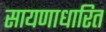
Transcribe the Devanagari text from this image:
सायणाधारित